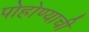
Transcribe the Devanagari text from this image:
पोहोण्याची